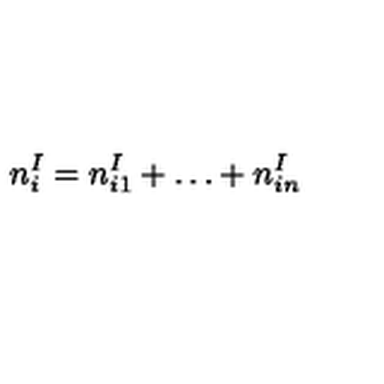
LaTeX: n _ { i } ^ { I } = n _ { i 1 } ^ { I } + \ldots + n _ { i n } ^ { I }